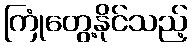
ကြုံတွေ့နိုင်သည့်